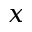
x